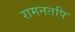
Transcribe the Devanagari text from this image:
रामनतपि